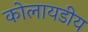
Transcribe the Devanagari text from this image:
कोलायडीय